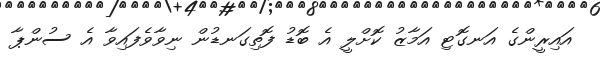
އައިރީންގެ އަނގޮޓި އަމާޒު ކޮށްލީ އެ ބޮޑު ފޮތިގަނޑުން ނިވާވެފައިވާ އެ ސުންޕާ